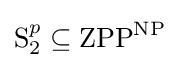
\mathrm {S} _{2}^{p}\subseteq \mathrm {{ZPP}^{NP}}